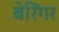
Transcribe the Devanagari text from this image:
बेरिंगर